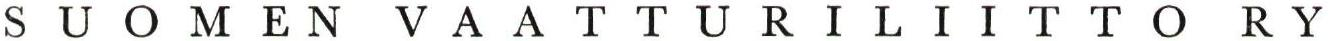
SUOMEN VAATTURILIITTO RY